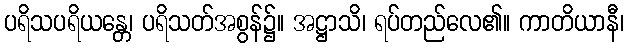
ပရိသပရိယန္တေ၊ ပရိသတ်အစွန်၌။ အဋ္ဌာသိ၊ ရပ်တည်လေ၏။ ကာတိယာနီ၊